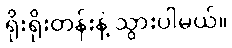
ရိုးရိုးတန်းနဲ့ သွားပါမယ်။